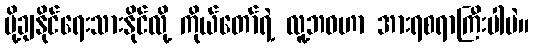
ပို့ချနိုင်ရေးသားနိုင်လို့ ကိုယ်တော်ရဲ့ လူ့ဘဝဟာ အားရစရာကြီးပါပဲ။